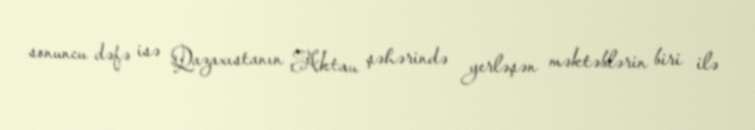
sonuncu dəfə isə Qazaxıstanın Aktau şəhərində yerləşən məktəblərin biri ilə